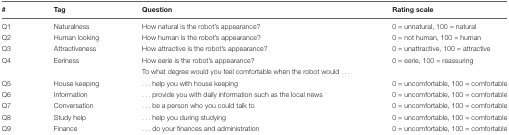
| # | Tag | Question | Rating scale |
 | --- | --- | --- | --- |
 | Q1 | Naturalness | How natural is the robot’s appearance? | 0 = unnatural, 100 = natural |
 | Q2 | Human looking | How human is the robot’s appearance? | 0 = not human, 100 = human |
 | Q3 | Attractiveness | How attractive is the robot’s appearance? | 0 = unattractive, 100 = attractive |
 | Q4 | Eeriness | How eerie is the robot’s appearance? | 0 = eerie, 100 = reassuring |
 |  |  | To what degree would you feel comfortable when the robot would ... |  |
 | Q5 | House keeping | ... help you with house keeping | 0 = uncomfortable, 100 = comfortable |
 | Q6 | Information | ... provide you with daily information such as the local news | 0 = uncomfortable, 100 = comfortable |
 | Q7 | Conversation | ... be a person who you could talk to | 0 = uncomfortable, 100 = comfortable |
 | Q8 | Study help | ... help you during studying | 0 = uncomfortable, 100 = comfortable |
 | Q9 | Finance | ... do your finances and administration | 0 = uncomfortable, 100 = comfortable |